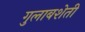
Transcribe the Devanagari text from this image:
गुलाबशेती